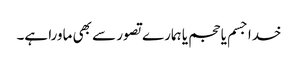
خدا جسم یا حجم یا ہمارے تصور سے بھی ماورا ہے۔